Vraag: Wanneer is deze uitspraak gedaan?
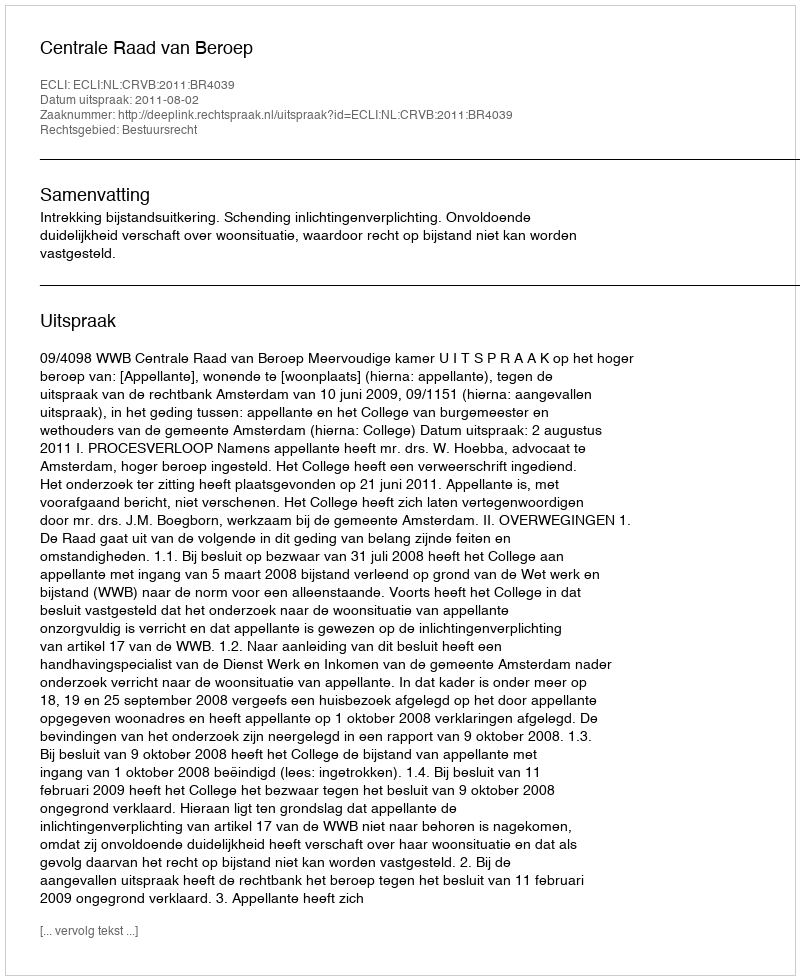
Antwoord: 2011-08-02